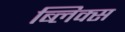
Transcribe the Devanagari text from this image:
ब्लिक्स